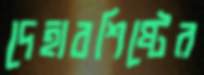
দেহাবশিষ্টের